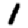
Digit: 1